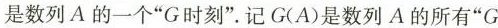
是数列A的一个”G时刻”。记G(A)是数列A的所有”G